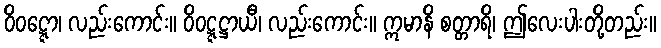
ဝိဝဋ္ဋော၊ လည်းကောင်း။ ဝိဝဋ္ဋဋ္ဌာယီ၊ လည်းကောင်း။ ဣမာနိ စတ္တာရိ၊ ဤလေးပါးတို့တည်း။